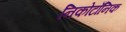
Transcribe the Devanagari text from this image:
निकोटाँनिक